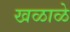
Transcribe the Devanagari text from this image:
खळाळे